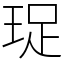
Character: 珿